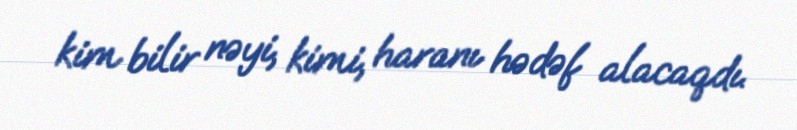
kim bilir nəyi, kimi, haranı hədəf alacaqdı.